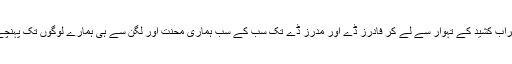
شراب کشید کے تہوار سے لے کر فادرز ڈے اور مدرز ڈے تک سب کے سب ہماری محنت اور لگن سے ہی ہمارے لوگوں تک پہنچے۔